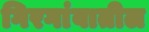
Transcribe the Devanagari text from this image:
गिरगांवातील